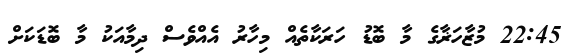
22:45 މުޒާހަޜާގެ މާ ބޮޑު ހަރަކާތެއް މިހާރު އެއްވެސް ދިމާއަކު މާ ބޮޑަކަށް